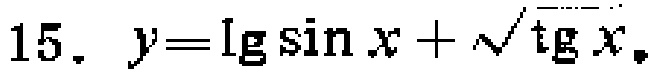
15. \(y = \lg\sin x+\sqrt{\text{tg}x}\)